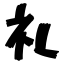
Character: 礼